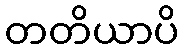
တတိယာပိ